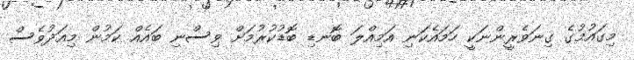
މިގައުމުގެ ގިނަވެރީންނަކީ ހަމައެކަނި އަމިއްލަ ބޮނޑި ބޮޑުކުރުމަށް ވިސްނި ބައެއް ކަމުން މިއަދުވެސް